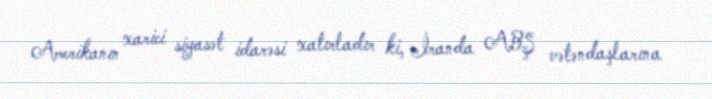
Amerikanın xarici siyasət idarəsi xatırladır ki, İranda ABŞ vətəndaşlarına